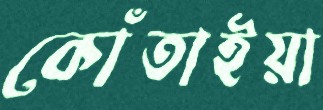
কোঁতাইয়া